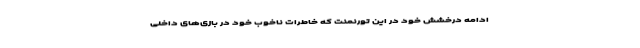
ادامه درخشش خود در این تورنمنت که خاطرات ناخوب خود در بازی‌های داخلی